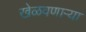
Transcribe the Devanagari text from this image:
खेळवणाऱ्या